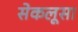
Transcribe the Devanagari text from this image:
सेकलूसा